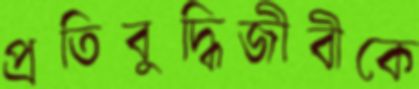
প্রতিবুদ্ধিজীবীকে